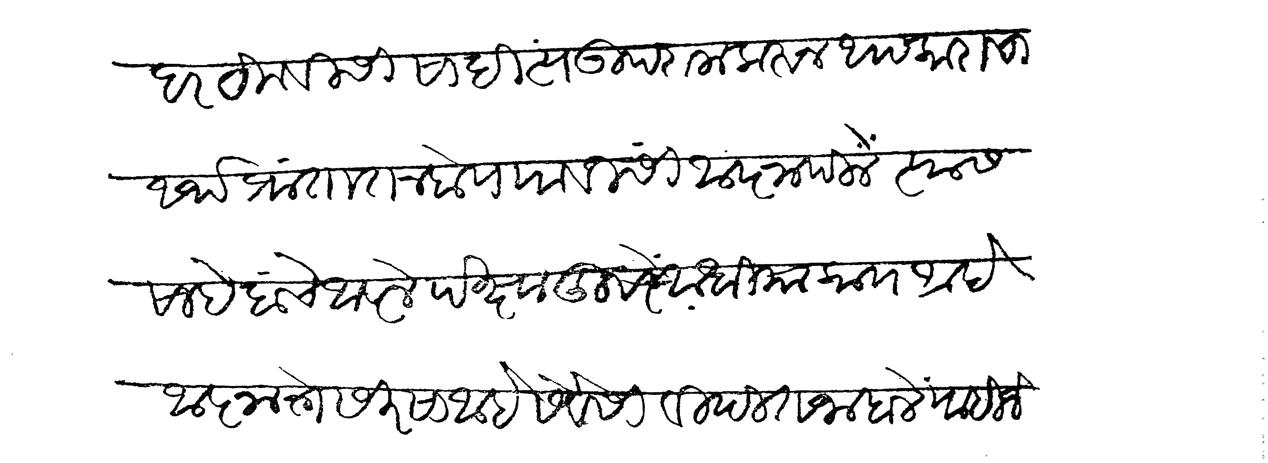
Transliteration (Devanagari): हरयकविसी साहित्य उपराला करून अपकाराचा अर्थ प्रांतात न होय याविसीं आज्ञापिलें त्यास साहेबांचे आज्ञेपेक्षा दुसरें अधिक काय आहे आज्ञा ते सिरसा आहे सेवेसी विदित जाहालें पाहिजे शेवेसी श्रुत होये हे विनंती